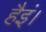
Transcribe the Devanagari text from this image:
हैइं।